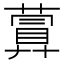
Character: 𦽹